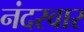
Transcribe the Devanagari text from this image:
नंदरवार